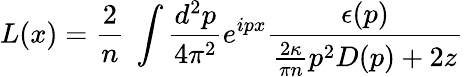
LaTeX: L(x)=\frac{2}{n}~\int\frac{d^{2}p}{4\pi^{2}}e^{ipx}\frac{\epsilon(p)}{\frac{2\kappa}{\pi n}p^{2}D(p)+2z}